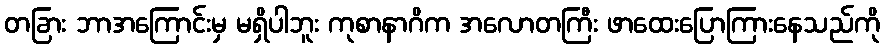
တခြား ဘာအကြောင်းမှ မရှိပါဘူး ကုစာနာဂိက အလောတကြီး ဖာထေးပြောကြားနေသည်ကို